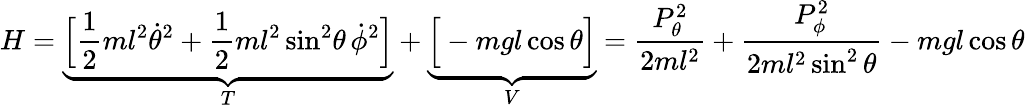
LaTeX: H=\underbrace{{\Big[}{\frac{1}{2}}ml^{2}{\dot{\theta}}^{2}+{\frac{1}{2}}ml^{2}\sin^{2}\! \theta\, {\dot{\phi}}^{2}{\Big]}}_{T}+\underbrace{{\Big[}-mgl\cos\theta{\Big]}}_{V}={\frac{P_{\theta}^{2}}{2ml^{2}}}+{\frac{P_{\phi}^{2}}{2ml^{2}\sin^{2}\theta}}-mgl\cos\theta